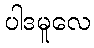
ပါဒမူလေ